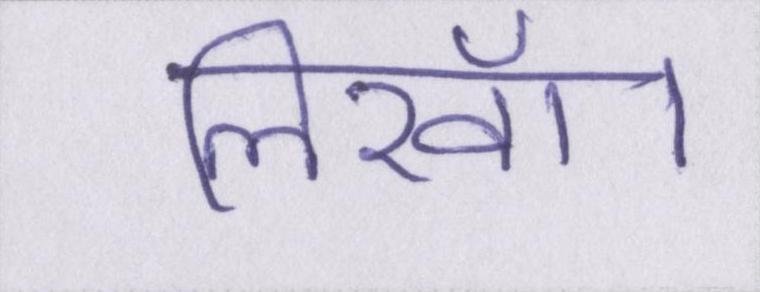
लिखॉ।